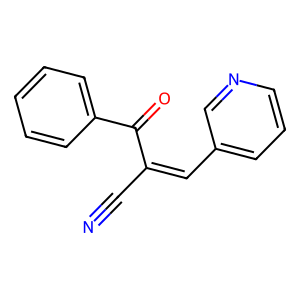
SMILES: N#CC(=Cc1cccnc1)C(=O)c1ccccc1
Inhibits HIV replication: No